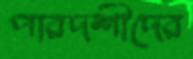
পারদর্শীদের